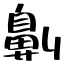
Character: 劓